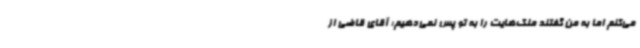
می‌کنم اما به من گفتند ملک‌هایت را به تو پس نمی‌دهیم؛ آقای قاضی از